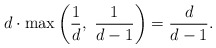
\begin{align*}d\cdot \max\left(\frac 1d, \,\, \frac 1{d-1}\right) = \frac d{d-1}.\end{align*}